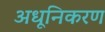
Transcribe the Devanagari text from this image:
अधूनिकरण